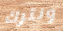
ونترك